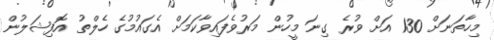
މިހާތަނަށް 130 އަށް ވުރެ ގިނަ މީހުން މަރުވެފައިވާކަމަށް އެގައުމުގެ ހެލްތު އޮފިޝަލުން